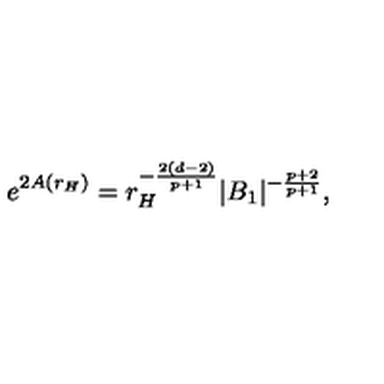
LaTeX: e ^ { 2 A ( r _ { H } ) } = r _ { H } ^ { - \frac { 2 ( d - 2 ) } { p + 1 } } | B _ { 1 } | ^ { - \frac { p + 2 } { p + 1 } } ,